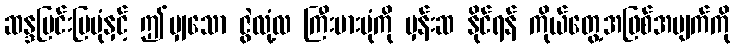
ဆန္ဒပြင်းပြပုံနှင့် ဤမျှသော ဇွဲလုံ့လ ကြီးမားပုံကို မှန်းဆ နိုင်ရန် ကိုယ်တွေ့အဖြစ်အပျက်ကို